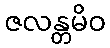
ဇလန္တမိဝ